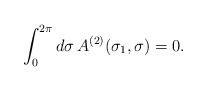
\begin{align*}\int_0^{2\pi}d\sigma\, A^{(2)}(\sigma_1,\sigma) = 0.\end{align*}